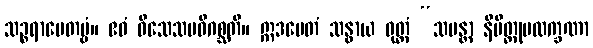
သဉ္စရာပေတဗ္ဗံ။ ဧဝံ ဝိသေသမဓိဂစ္ဆတိ။ ဣဒမေတံ သန္ဓာယ ဝုတ္တံ “သမန္တာ နိမိတ္တုပလက္ခဏာ